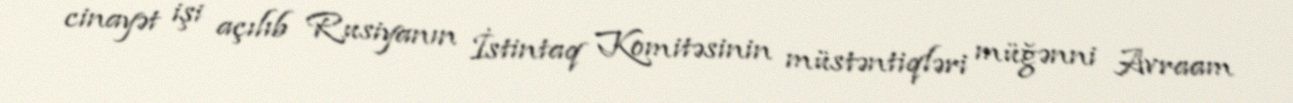
cinayət işi açılıb Rusiyanın İstintaq Komitəsinin müstəntiqləri müğənni Avraam